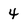
Character: 4